Document type: Sale
Year: 1323
Scribe: Guillem Coscoll
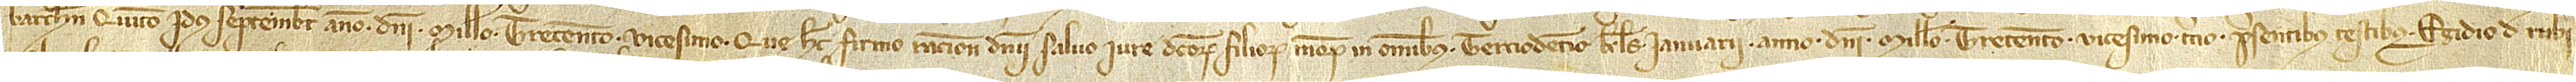
Barchinone, quinto idus septembris, anno Domini millesimo trecentesimo vicesimo, que hec firmo ratione dominii, salvo iure dictorum filiorum meorum in omnibus, terciodecimo kalendas ianuarii, anno Domini millesimo trecentesimo vicesimo tercio, presentibus testibus Egidio Rubi